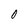
Character: 0